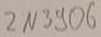
Text: 2N3906